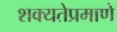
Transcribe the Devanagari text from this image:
शक्यतेप्रमाणे